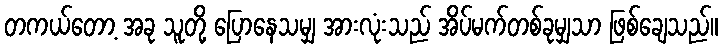
တကယ်တော့ အခု သူတို့ ပြောနေသမျှ အားလုံးသည် အိပ်မက်တစ်ခုမျှသာ ဖြစ်ချေသည်။